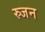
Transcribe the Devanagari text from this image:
स्र्जन